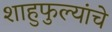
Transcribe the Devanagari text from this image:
शाहुफुल्यांचे